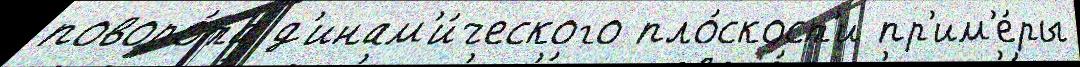
поворо́та д'инам'и́ческого пло́скост'и пр'им'е́ры